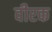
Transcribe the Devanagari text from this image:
वीरक